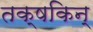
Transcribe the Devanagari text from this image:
तक्षकिन्